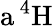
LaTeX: \mathrm{a\, ^{4}H}